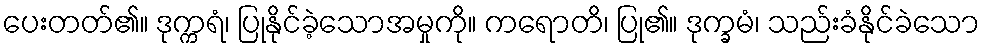
ပေးတတ်၏။ ဒုက္ကရံ၊ ပြုနိုင်ခဲ့သောအမှုကို။ ကရောတိ၊ ပြု၏။ ဒုက္ခမံ၊ သည်းခံနိုင်ခဲသော